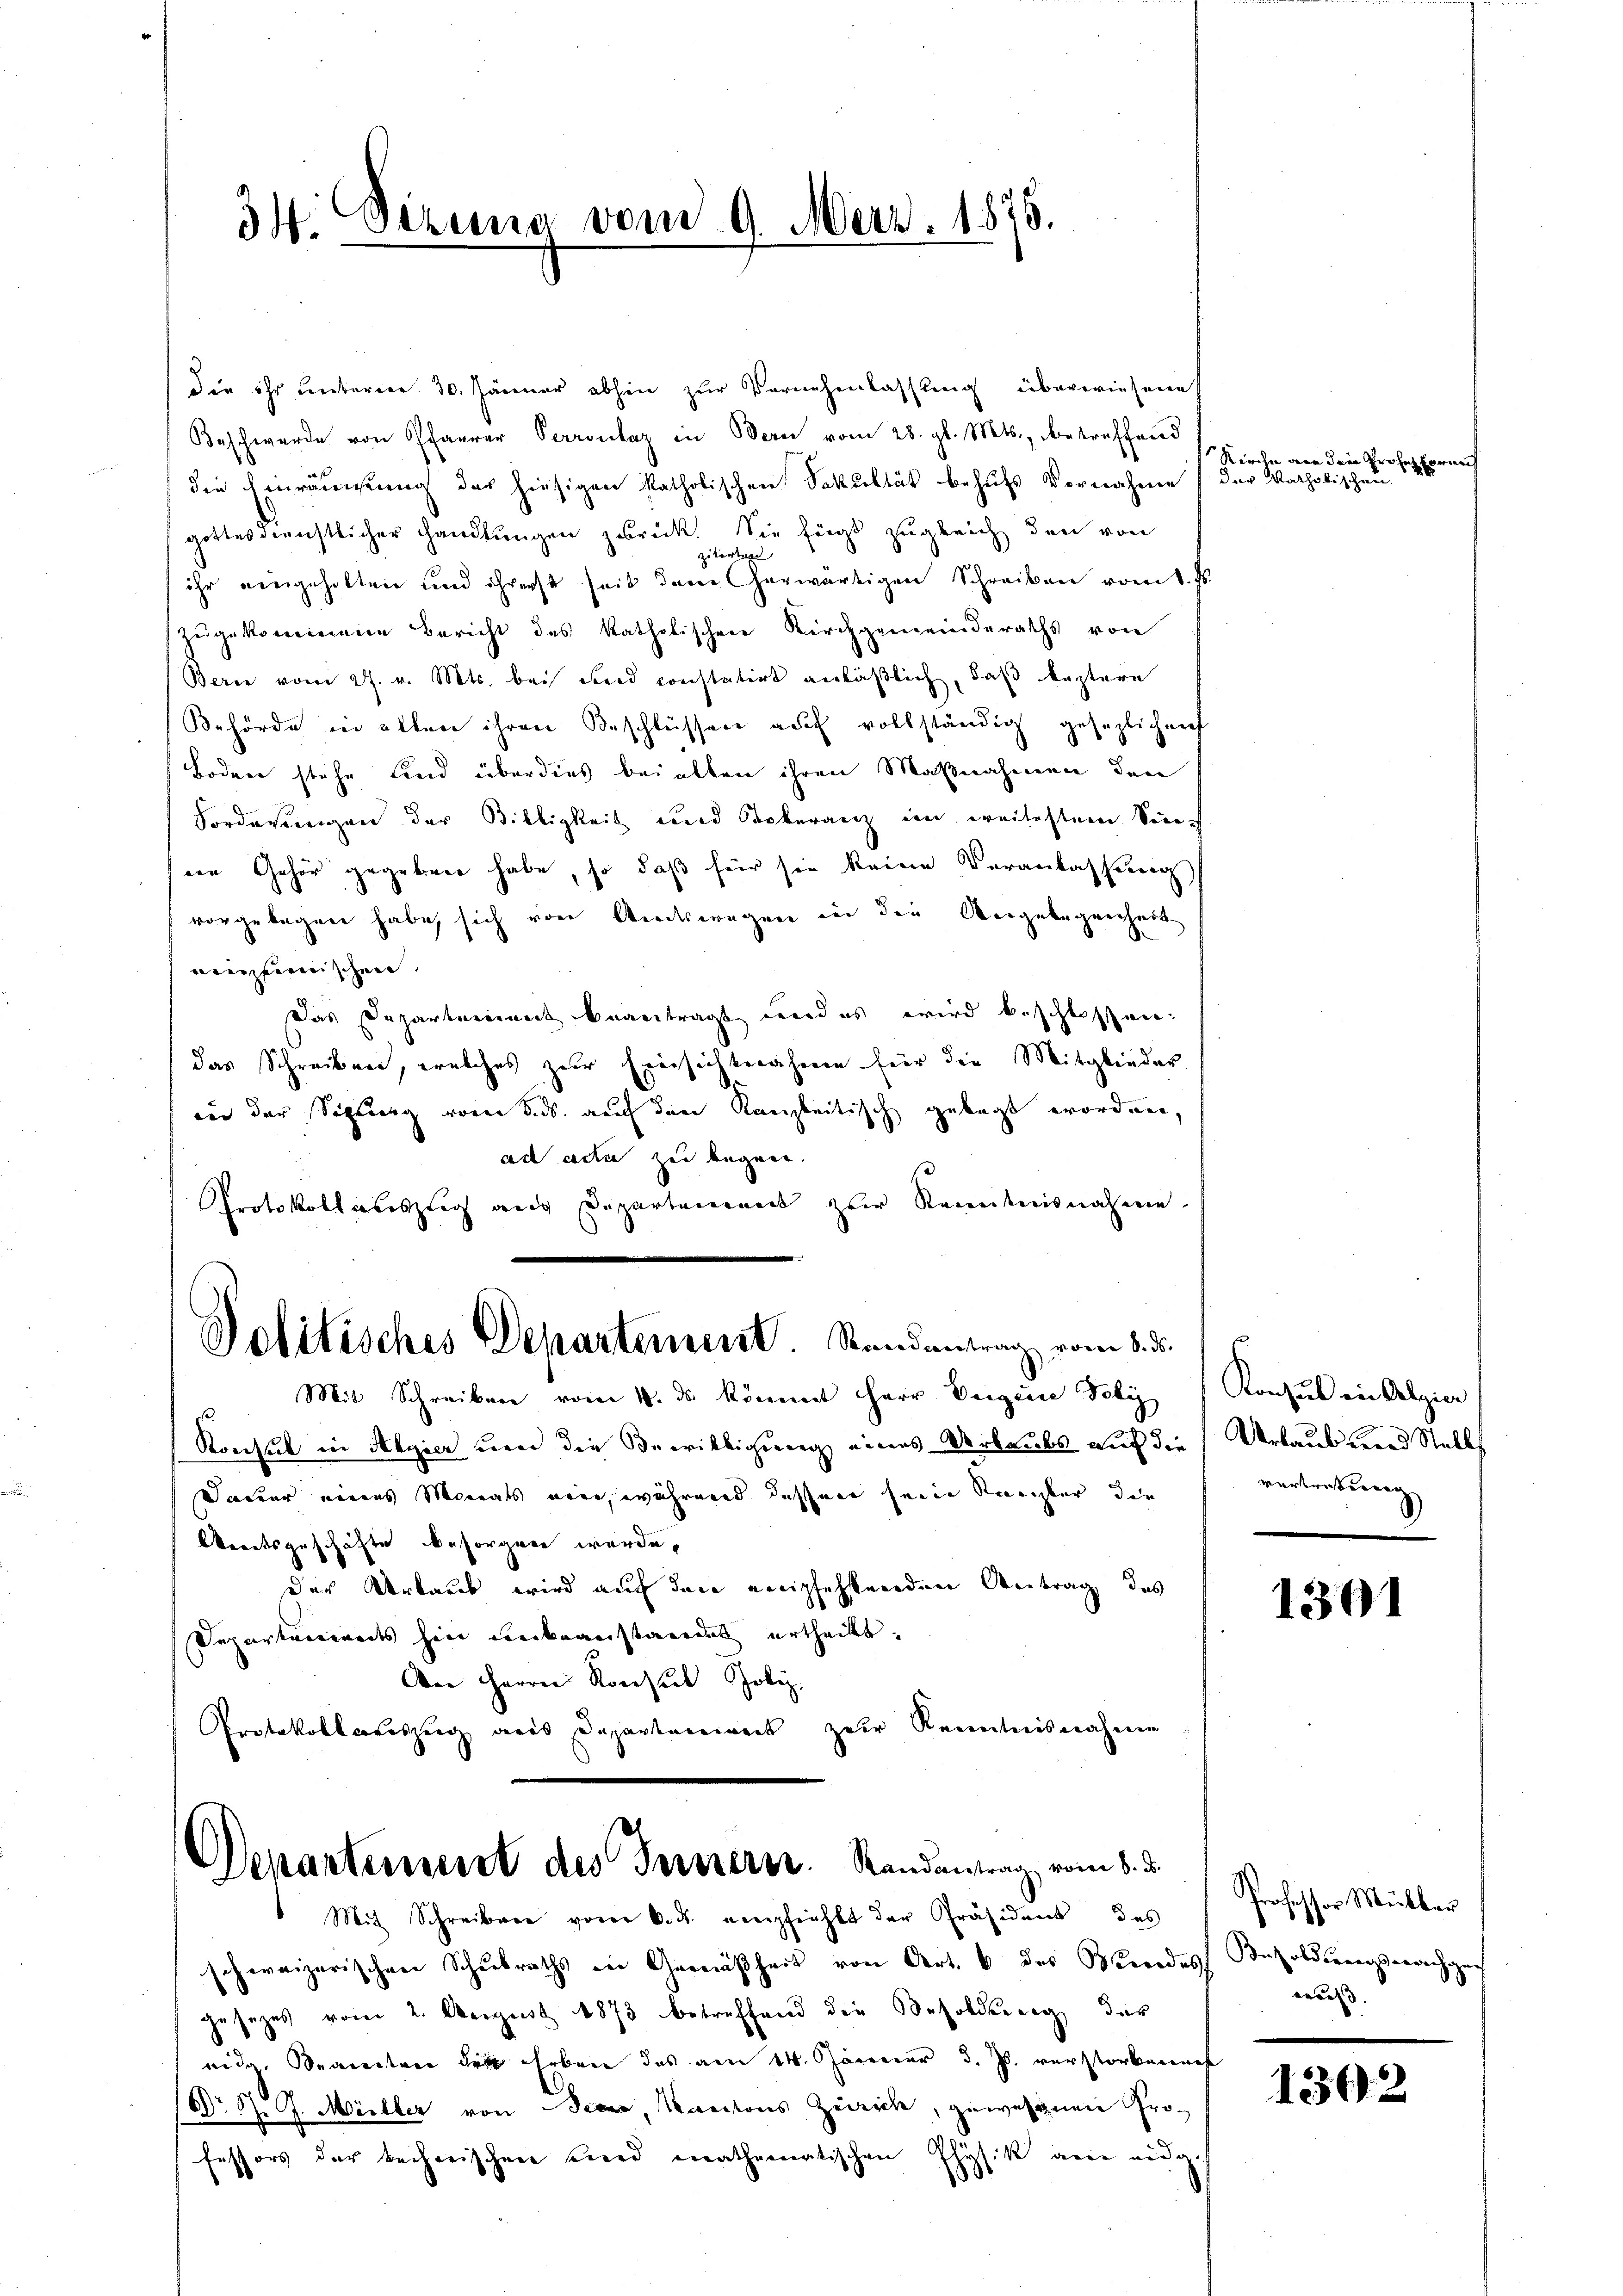
34. Dezema vom 9. Merz. 1876.

die ihr unteren 30. Jänner abhin zur Vernehmlassung überwiesene
Beschwerde von Pfarrer Perronlaz in Bern vom 28. gl. Mts., betreffend
die Einräŭmŭng der hiesigen katholischen Sakultät behŭfs Vernahme
gottesdienstlicher Handlungen zurück. Sie fügt zugleich den von
zitirten
ihr eingeholten und ihrerst seit dem Cherwärtigen Schreiben vom t.
zugekommene Bericht des katholischen Kirchgemeinderaths von
Berne vom 27. v. Mts. bei wird constatirt anläßlich, daß leztere
Behörde in allen ihren Beschlüssen aŭf vollständig gesezlichen
Boden stehe und überdies bei allen ihren Maßnahmen den
Vorderungen der Billigkeit und Dokuranz im weitestem Sin
sein Gehör gegebenen habe, so daß für sie keine Veranlassung
vorgelegen habe, sich von Amtswegen in die Angelegenheit
ainzerischen
Das Departement beantragt werdes wird beschlossen.
das Schreiben, welches zur Einsichtnahmen für die Mitglieder
und der Schling von Sids. auf den Kanzleitisch gelegt worden,
ad acta zu begann.
Protokollauszug aus Departement zur Kenntnisnahme.
Politisches Departement. Randantrag vom 8. d.
Mit Schreiben vom 10. ds kömmt Herr Weigene Poly
Konseil in Algier und die Bewilligung eines Verlaubs auf die
Dauer eines Monats neue, während dessen seine Kanzler, die
btreitsgeschäfte besorgen werde,
der Urlaub wird auch den empfehlenden Antrag des
Separtenireits hin Lecknanstandes ertheilt.
An Herrn Rorsuch Poliz
Protokollauszug aus Departenwerk zur Kenntnisnahme
Departement des Innern. Randantrag vom 8. d.
Mit Schreiben vorer k. ds. empfiehlt der Präsident des
schweizerischen Schulraths ein Gemäßheit von Art. 6 des Mendes
gesezes vom 2. August 1873 betreffend die Besoldung der
nidg. Seiten die Erben das am 14. Januar d. Js. verstorbene
Dr. St. G. Müller von Seeen, Kantons Zürich, gewesene Professors der beizerischen und erathematischen Physik anne ang

Kirche von der Professor
der katholischen.

f

Konsul in Alpia
Urlaub und Stell
vertreterung

1301

Professor Müller
Jaholderesserwechsen.
wuß.

1302